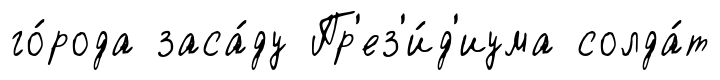
го́рода заса́ду Пр'ез'и́д'иума солда́т